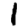
Digit: 1